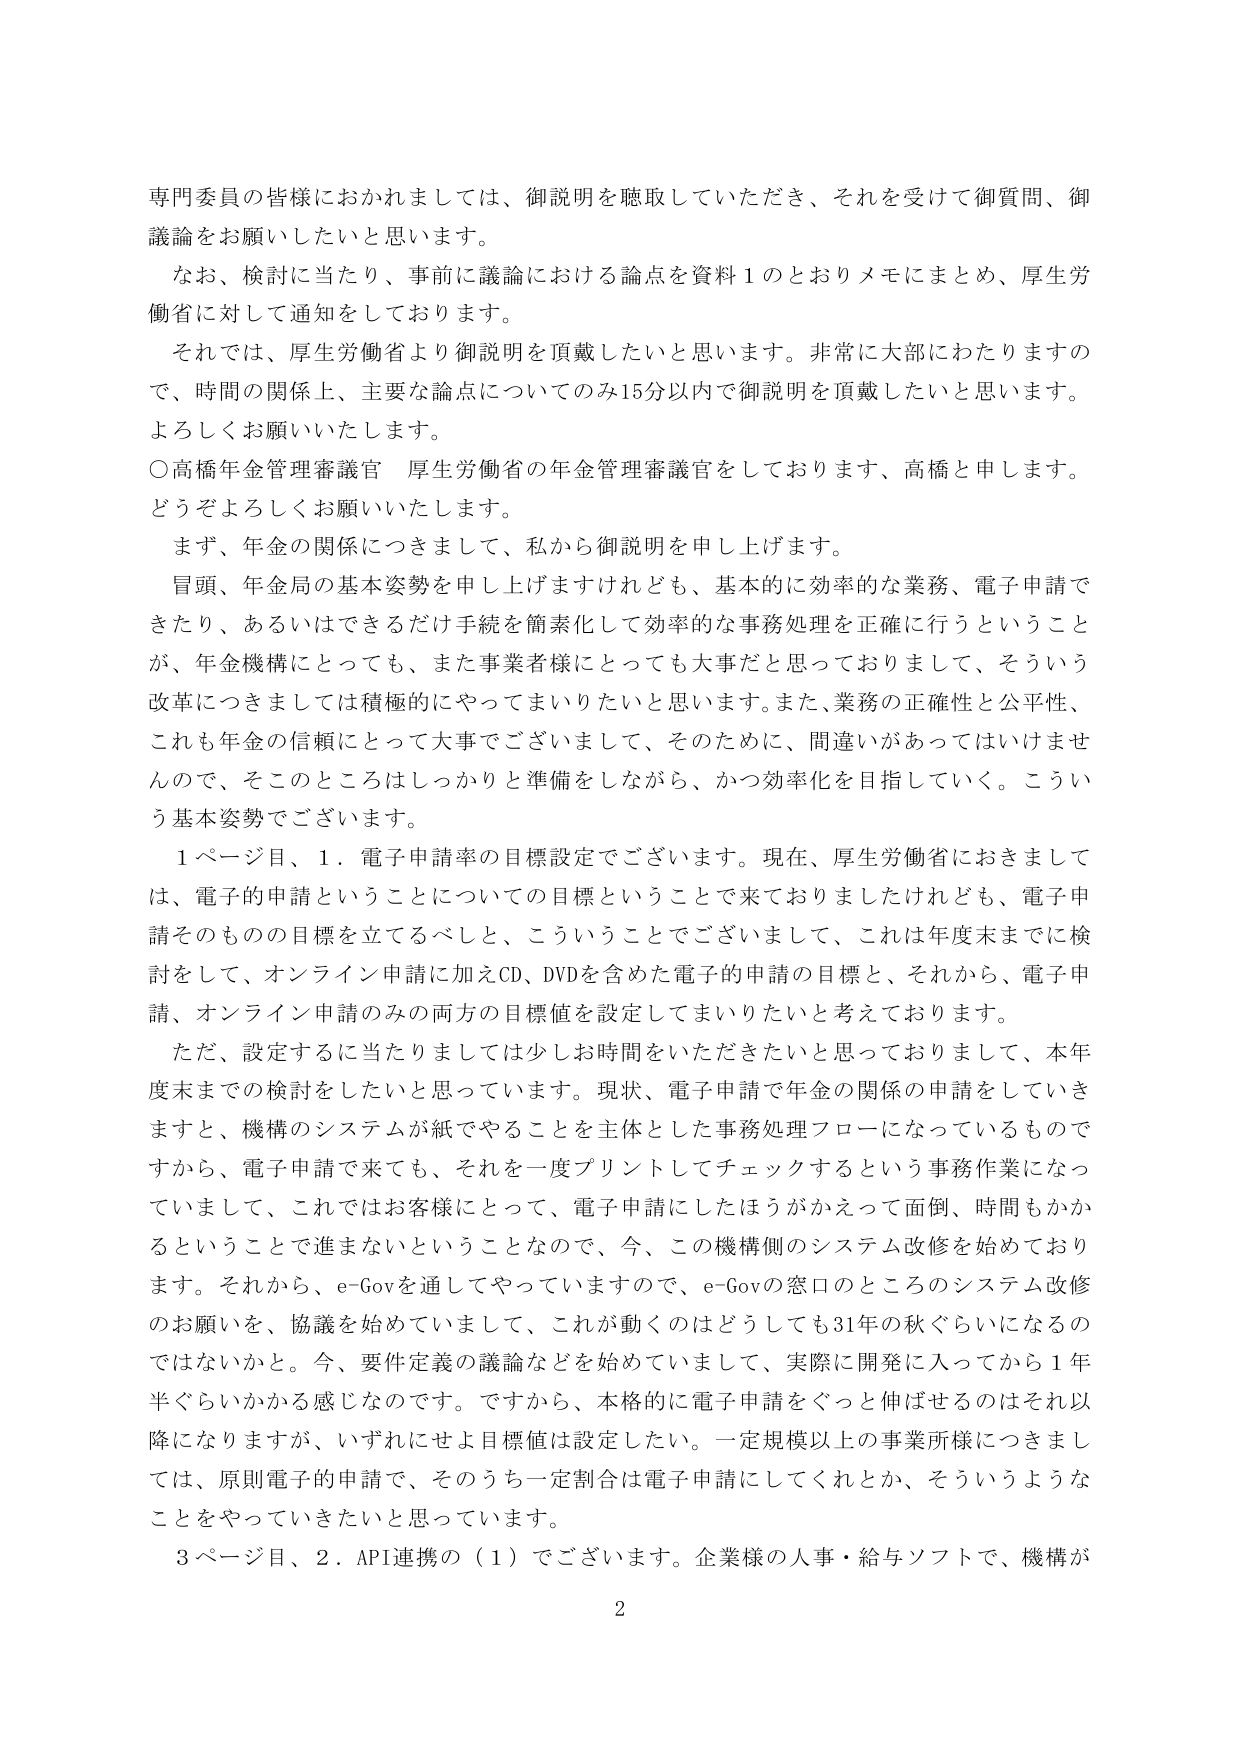
専門委員の皆様におかれましては、御説明を聴取していただき、それを受けて御質問、御議論をお願いしたいと思います。

なお、検討に当たり、事前に議論における論点を資料１のとおりメモにまとめ、厚生労働省に対して通知しております。

それでは、厚生労働省より御説明を頂戴したいと思います。非常に大部にわたりますので、時間の関係上、主要な論点についてのみ15分以内で御説明を頂戴したいと思います。よろしくお願いいたします。

○高橋年金管理審議官 厚生労働省の年金管理審議官をしております、高橋と申します。どうぞよろしくお願いいたします。

まず、年金の関係につきまして、私から御説明を申し上げます。

冒頭、年金局の基本姿勢を申し上げますけれども、基本的に効率的な業務、電子申請できたり、あるいはできるだけ手続を簡素化して効率的な事務処理を正確に行うということが、年金機構にとっても、また事業者様にとっても大事だと思っておりまして、そういう改革につきましては積極的にやってまいりたいと思います。また、業務の正確性と公平性、これも年金の信頼にとって大事でございまして、そのためには、間違いがあってはいけませんので、そこのところはしっかりと準備をしながら、かつ効率化を目指していく。こういう基本姿勢でございます。

１ページ目、１．電子申請率の目標設定でございます。現在、厚生労働省におきましては、電子的申請ということについての目標ということで来ておりましたけれども、電子申請そのものの目標を立てるべしと、こういうことでございまして、これは年度末までに検討をして、オンライン申請に加えCD、DVDを含めた電子的申請の目標と、それから、電子申請、オンライン申請のみの両方の目標値を設定してまいりたいと考えております。

ただ、設定するに当たりましては少しお時間をいただきたいと思っておりまして、本年度末までの検討をしたいと思っています。現状、電子申請で年金の関係の申請をしていきますと、機構のシステムが紙でやることを主体とした事務処理フローになっているものですから、電子申請で来ても、それを一度プリントしてチェックするという事務作業になっていまして、これではお客様にとって、電子申請にしたほうがかえって面倒、時間もかかるということで進まないということなので、今、この機構側のシステム改修を始めております。それから、e-Govを通じてやっていきますので、e-Govの窓口のところのシステム改修のお願いを、協議を始めていまして、これが動くのはどうしても31年の秋ぐらいになるのではないかと。今、要件定義の議論などを始めていまして、実際に開発に入ってから1年半ぐらいかかる感じなのです。ですから、本格的に電子申請をぐっと伸ばせるのはそれ以降になりますが、いずれにせよ目標値は設定したい。一定規模以上の事業所様につきましては、原則電子的申請で、そのうち一定割合は電子申請にしてくれとか、そういうようなことをやっていきたいと思っています。

３ページ目、２．API連携の（１）でございます。企業様の人事・給与ソフトで、機構が

2